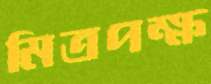
মিত্রপক্ষ